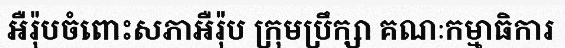
អឺរ៉ុបចំពោះសភាអឺរ៉ុប ក្រុមប្រឹក្សា គណៈកម្មាធិការ